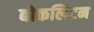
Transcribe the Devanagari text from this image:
बोकलिटन